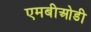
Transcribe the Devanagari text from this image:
एमबीओडी